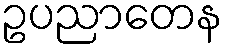
ဥပညာတေန